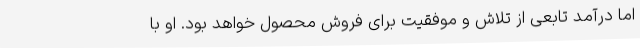
اما درآمد تابعی از تلاش و موفقیت برای فروش محصول خواهد بود. او با